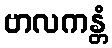
ဗာလကန္တံ